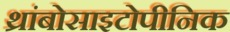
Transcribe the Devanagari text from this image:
थ्रांबोसाइटोपीनिक